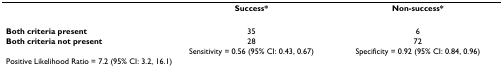
<table><thead><tr><td></td><td><b>Success*</b></td><td><b>Non-success*</b></td></tr></thead><tbody><tr><td><b>Both criteria present</b></td><td>35</td><td>6</td></tr><tr><td><b>Both criteria not present</b></td><td>28</td><td>72</td></tr><tr><td></td><td>Sensitivity = 0.56 (95% CI: 0.43, 0.67)</td><td>Specificity = 0.92 (95% CI: 0.84, 0.96)</td></tr><tr><td colspan="3">Positive Likelihood Ratio = 7.2 (95% CI: 3.2, 16.1)</td></tr></tbody></table>